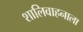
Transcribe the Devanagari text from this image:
शालिवाहनाला